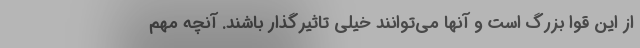
از این قوا بزرگ است و آنها می‌توانند خیلی تاثیرگذار باشند. آنچه مهم